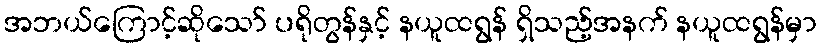
အဘယ်ကြောင့်ဆိုသော် ပရိုတွန်နှင့် နယူထရွန် ရှိသည့်အနက် နယူထရွန်မှာ